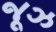
જૂઝ